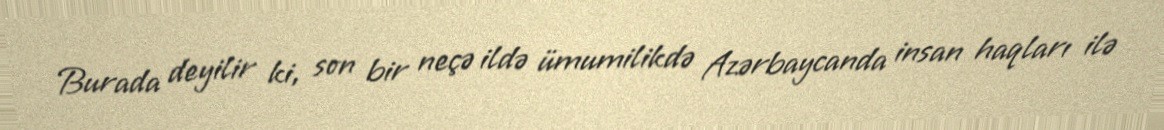
Burada deyilir ki, son bir neçə ildə ümumilikdə Azərbaycanda insan haqları ilə